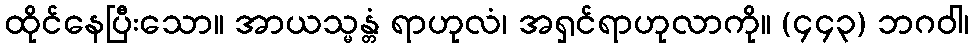
ထိုင်နေပြီးသော။ အာယသ္မန္တံ ရာဟုလံ၊ အရှင်ရာဟုလာကို။ (၄၄၃) ဘဂဝါ၊